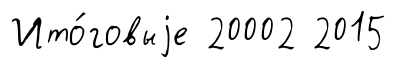
Ито́говыjе 20002 2015